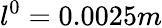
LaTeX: l^{0}=0.0025m